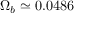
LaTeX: \Omega _ { b } \simeq 0 . 0 4 8 6